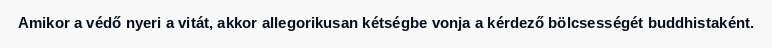
Amikor a védő nyeri a vitát, akkor allegorikusan kétségbe vonja a kérdező bölcsességét buddhistaként.